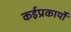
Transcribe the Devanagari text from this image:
कईप्रकार्यों